Vaccination Hyderabad 1890-1903 - 1890-1903
Year: 1890
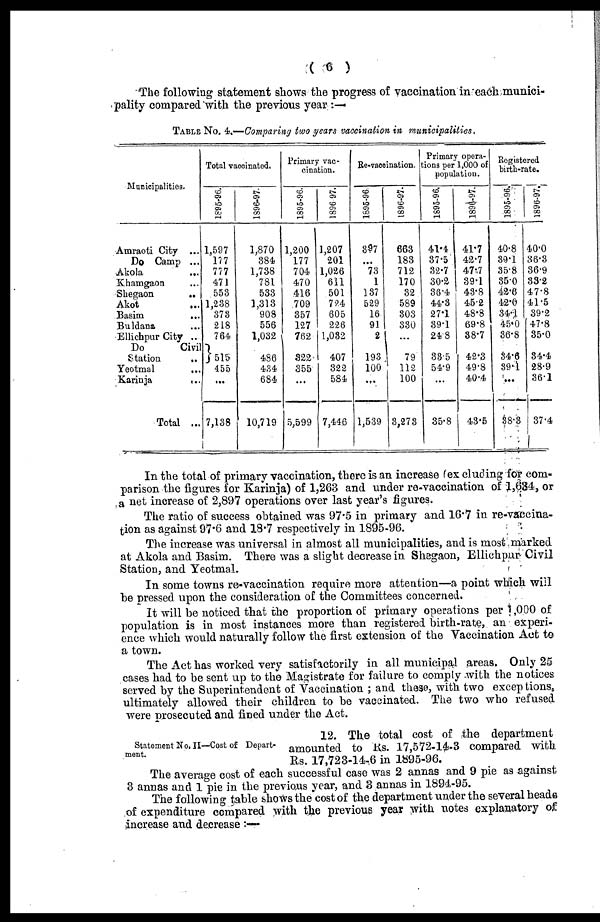
( 6 )
The following statement shows the progress of vaccination in each munici-
pality compared with the previous year :—
TABLE No. 4.—Comparing two years vaccination in municipalities.
Municipalities.
Amraoti City ...
Do Camp ...
Akola
...
Khamgaon ...
Shegaon
...
Akot
...
Basim
...
Buldana
Ellichpur City ...
Do
Civil
Station
...
Yeotmal
...
Karinja
...
Total ...
Total vaccinated.
1895-96.
1,597
177
777
471
553
1,238
373
218
764
515
455
...
7,138
1896-97.
1,870
384
1,738
781
533
1,313
908
556
1,032
486
434
684
10,719
Primary vac-
cination.
1895-96.
1,200
177
704
470
416
709
357
127
762
322
355
...
5,599
1896-97.
1,207
201
1,026
611
501
724
605
226
1,032
407
322
584
7,446
Re-vaccination.
1895-96.
397
...
73
1
137
529
16
91
2
193
100
...
1,539
1896-97.
663
183
712
170
32
589
303
330
...
79
112
100
3,273
Primary opera-
tions per 1,000 of
population.
1895-96.
41.4
37.5
32.7
30.2
36.4
44.3
27.1
39.1
24.8
335
54.9
...
35.8
1896-97.
41.7
42.7
47.7
39.1
43.8
45.2
48.8
69.8
38.7
42.3
49.8
40.4
43.5
Registered
birth-rate.
1895-96.
40.8
39.1
35.8
35.0
42.6
42.0
34.1
45.0
36.8
34.6
89.1
...
88.3
1896-97.
40.0
36.3
36.9
33.2
47.8
41.5
39.2
47.8
35.0
34.4
28.9
36.1
37.4
In the total of primary vaccination, there is an increase (excluding for com-
parison the figures for Karinja) of 1,263 and under re-vaccination of 1,634, or
a net increase of 2,897 operations over last year's figures.
The ratio of success obtained was 97.5 in primary and 16.7 in re-vaccina-
tion as against 97.6 and 18.7 respectively in 1895-96.
The increase was universal in almost all municipalities, and is most marked
at Akola and Basim. There was a slight decrease in Shegaon, Ellichpur Civil
Station, and Yeotmal.
In some towns re-vaccination require more attention—a point which will
be pressed upon the consideration of the Committees concerned.
It will be noticed that the proportion of primary operations per 1,000 of
population is in most instances more than registered birth-rate, an experi-
ence which would naturally follow the first extension of the Vaccination Act to
a town.
The Act has worked very satisfactorily in all municipal areas. Only 25
cases had to be sent up to the Magistrate for failure to comply with the notices
served by the Superintendent of Vaccination ; and these, with two exceptions,
ultimately allowed their children to be vaccinated. The two who refused
were prosecuted and fined under the Act.
Statement No. II—Cost of Depart-
ment.
12. The total cost of ,the department
amounted to Rs. 17,572-14-3 compared with
Rs. 17,723-14-6 in 1895-96.
The average cost of each successful case was 2 annas and 9 pie as against
3 annas and 1 pie in the previous year, and 3 annas in 1894-95.
The following table shows the cost of the department under the several heads
of expenditure compared with the previous year with notes explanatory of
increase and decrease :
—